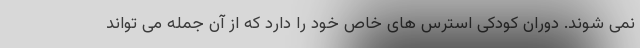
نمی شوند. دوران کودکی استرس های خاص خود را دارد که از آن جمله می تواند